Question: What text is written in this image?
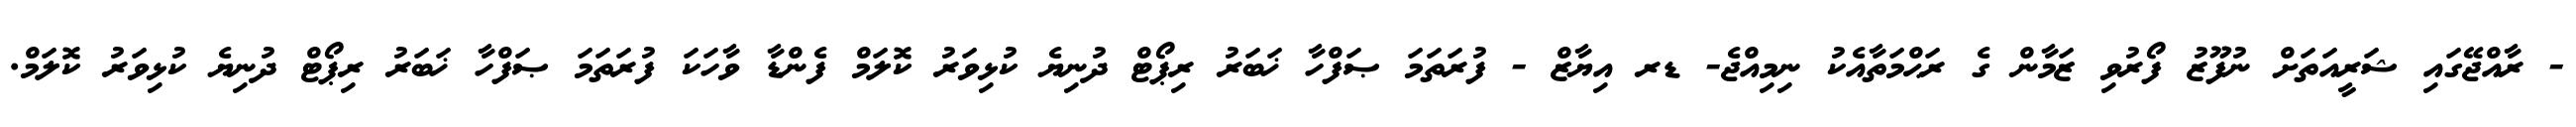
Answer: - ރާއްޖޭގައި ޝަރީއަތަށް ނުފޫޒު ފޯރުވި ޒަމާން ގެ ރަޙްމަތާއެކު ނިމިއްޖެ- ޑރ އިޔާޒް - ފުރަތަމަ ޞަފްހާ ޚަބަރު ރިޕޯޓް ދުނިޔެ ކުޅިވަރު ކޮލަމް ފެންޑާ ވާހަކަ ފުރަތަމަ ޞަފްހާ ޚަބަރު ރިޕޯޓް ދުނިޔެ ކުޅިވަރު ކޮލަމް.